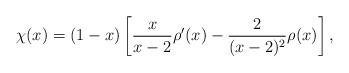
LaTeX: \begin{align*} \chi(x) = (1 - x)\left[\frac{x}{x-2} \rho^\prime(x) - \frac{2}{(x - 2)^2}\rho(x)\right],\end{align*}